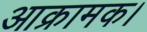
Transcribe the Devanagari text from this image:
आक्रामक।